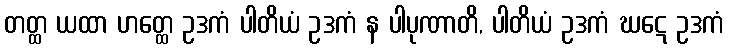
တတ္ထ ယထာ ဟတ္ထေ ဥဒကံ ပါတိယံ ဥဒကံ န ပါပုဏာတိ, ပါတိယံ ဥဒကံ ဃဋေ ဥဒကံ